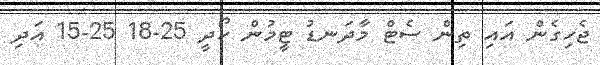
ޖެހިގެން އައި ތިން ސެޓް މާދަނޑު ޓީމުން ހޯދީ 25-18 25-15 އަދި